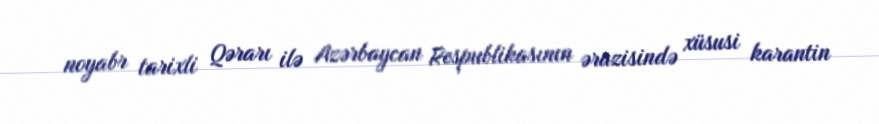
noyabr tarixli Qərarı ilə Azərbaycan Respublikasının ərazisində xüsusi karantin